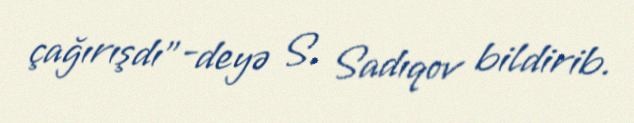
çağırışdı”-deyə S. Sadıqov bildirib.